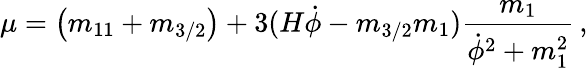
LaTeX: \mu=\left(m_{11}+m_{3/2}\right)+3(H\dot{\phi}-m_{3/2}m_{1})\frac{m_{1}}{\dot{\phi}^{2}+m_{1}^{2}}\, ,